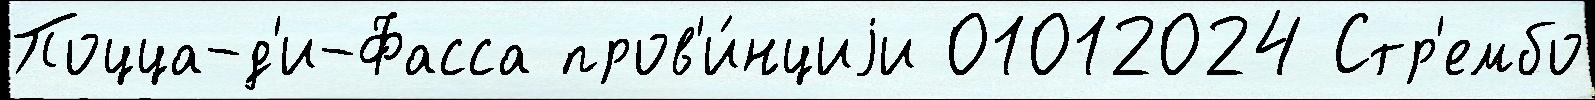
Поцца-д'и-Фасса пров'и́нциjи 01012024 Стр'ембо